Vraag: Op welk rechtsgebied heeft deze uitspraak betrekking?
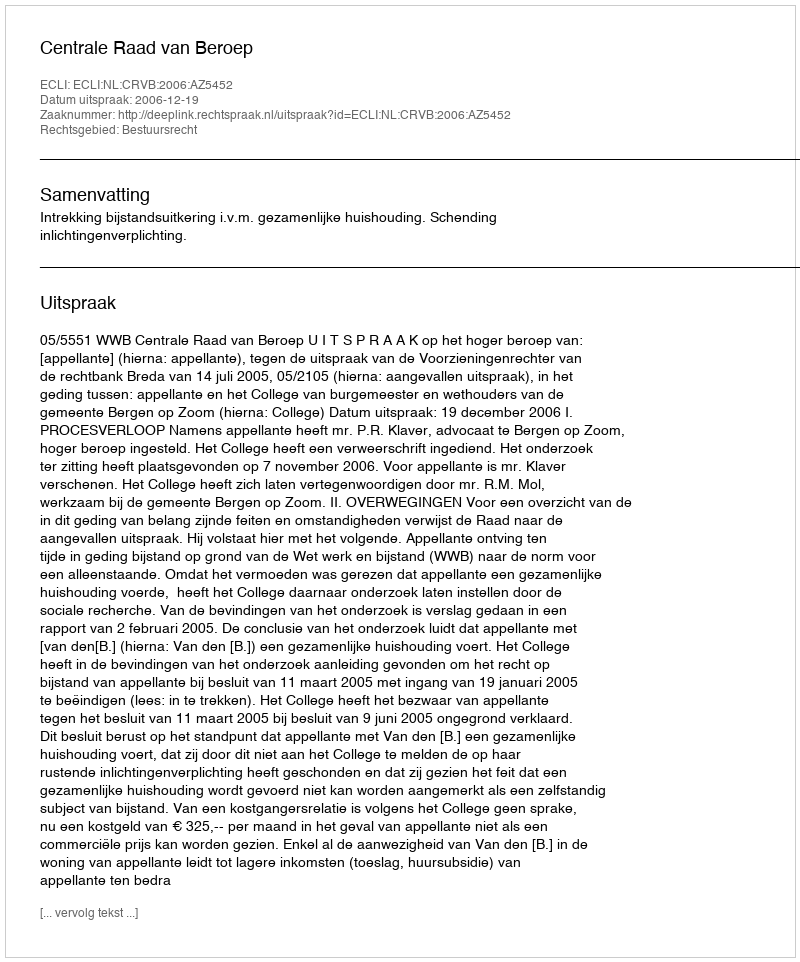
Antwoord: Bestuursrecht